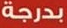
بدرجة